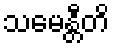
သမေန္တီတိ